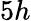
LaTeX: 5h